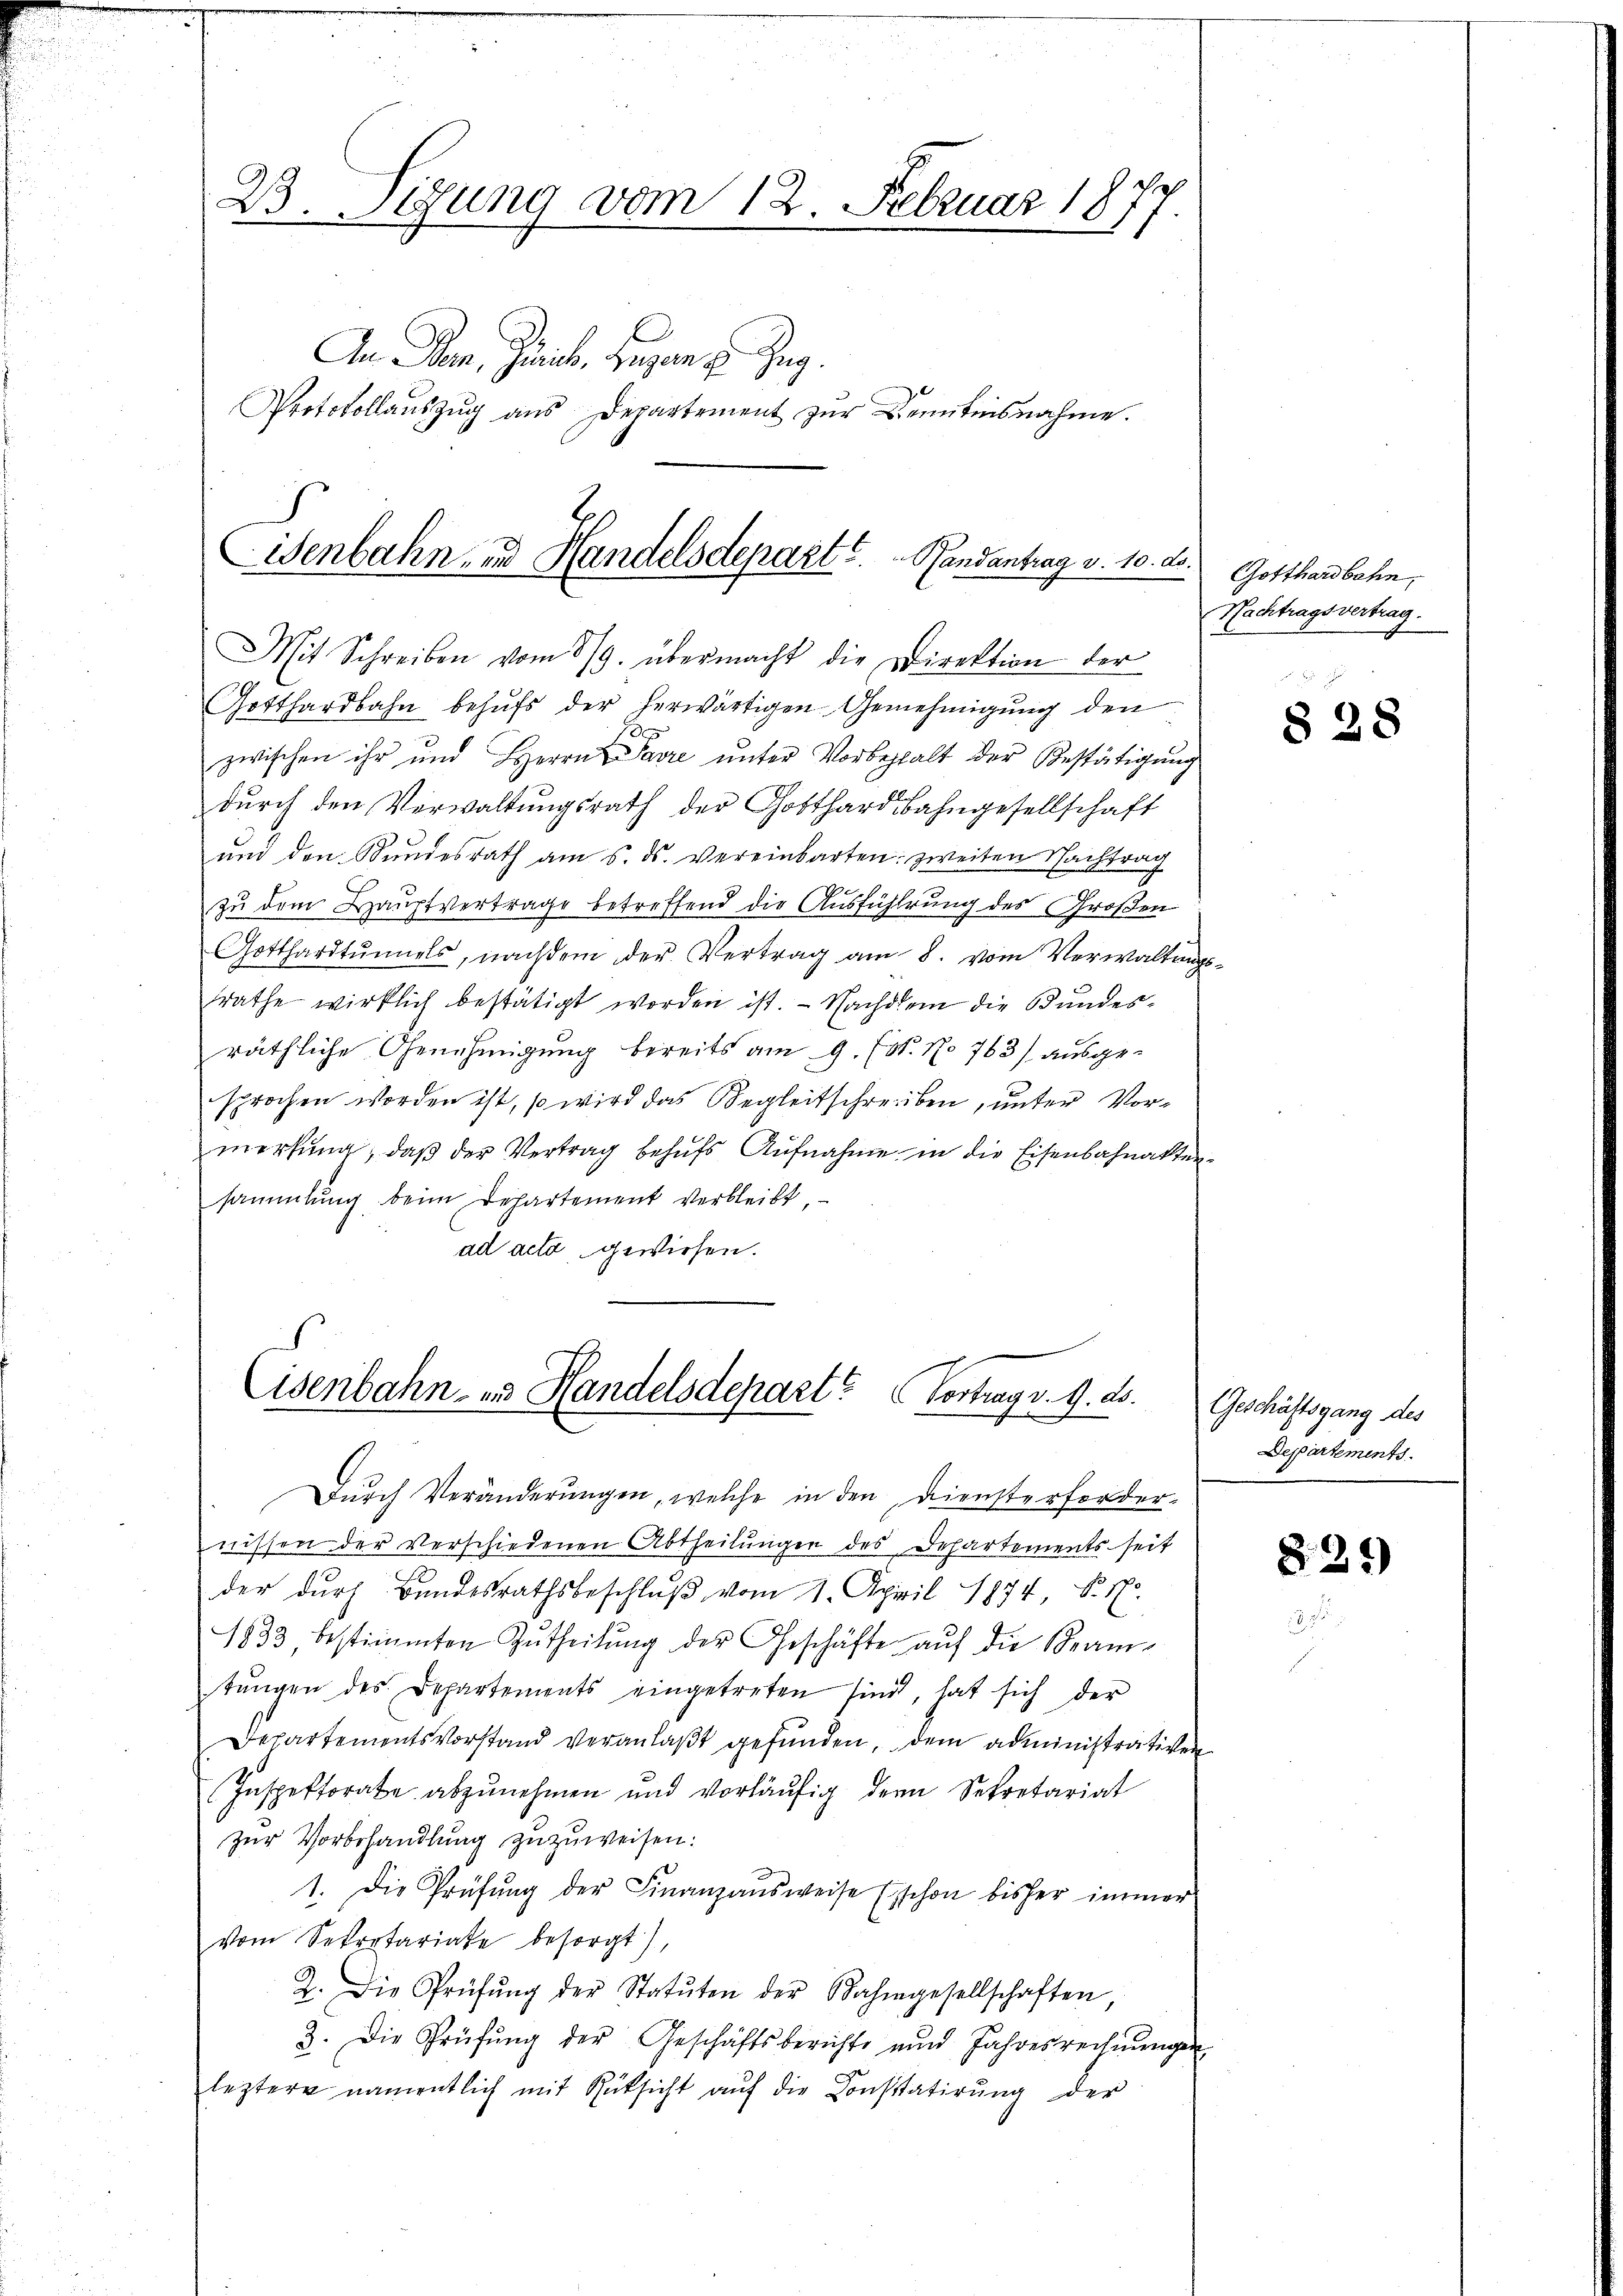
23. Sigung vom 12. Februar 1877.

Eisenbahn- und Handelsdepart u. Gendantrag v. 10. d.

An Plan, Quinte, gegen zu Zug.
Protokollauszug aus Departement zur Kenntnisnahme.

Mit Schreiben vom 8/9. übermacht die Direktion der
Gotthardbahn behufs der herwärtigen Genehmigung den
zwischen ihr und Herrn Parre ŭnter Vorbehalt der Bestätigung
durch den Verwaltungsrath der Gotthardbahngesellschaft
und den Stundesrath am 5. ds. vereinbarten zweiten Nachtrag
zu dem Hauptvertrage betreffend die Ausführung des Großen
Gotthardtŭnnels, nachdem der Vertrag am 8. vom Verwaltŭngs-
srathe wirklich bestätigt worden ist. - Nachdem die Bandesräthliche Genehmigung bereits am 9. Fs. No 763) ausgesprochen worden ist, so wird das Begleitschreiben, unter Vormerkung, daß der Vertrag behufs Aufnahme in die Eisenbahnaktensammlung beim Departement verbleibt,
ad acta gewiesen.
Eisenbahn- und Handelsdepart? Vortrag d. 9. ds.

Durch Veränderungen, welche in den Diensterforder-
nissen der verschiedenen Abtheilungen des Departements seit
der durch Bundesrathsbeschluß vom 1. April 1874 N. 17.
1833 bestimmten Zutheilŭng der Geschäfte aŭf die Beam-
tŭngen des Departements eingetreten sind, hat sich der
Departementsvorstand veranlaßt gefunden, dem administrativen
Inspektorate abzŭnehmen und vorläŭfig der Sekretariat
zur Vorbehandlung zuzuweisen:
1. Die Prüfŭng der Finanzausweise (schon bisher immer
vom Sekretariate besorgt),
2. Die Prüfŭng der Statŭten der Bahngesellschaften
3. Die Prüfŭng der Geschäftsberichte und Jahresrechnŭngen
leztere namentlich mit Rüksicht auf die Konstatirung der

. Gotthardbahn,
Nachtragsvertrag.

§ 38

Geschäftsgang des
Departements.

825)